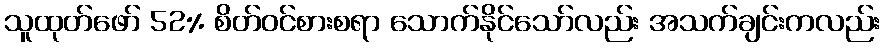
သူထုတ်ဖော် 52% စိတ်ဝင်စားစရာ သောက်နိုင်သော်လည်း အသက်ချင်းကလည်း